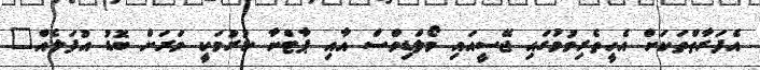
އެފަރާތްތަކަށް އެހީތެރިވުމުގައި ޖޭސީއައި މޯލްޑިވްސް އާއި ޕާޓްނާ ކުރުމަކީ ވަރަށް ބޮޑު އުފަލެއް"